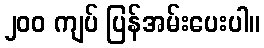
၂၀၀ ကျပ် ပြန်အမ်းပေးပါ။